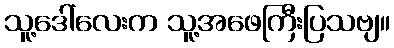
သူ့ဒေါ်လေးက သူ့အဖေကြီးပြသဗျ။